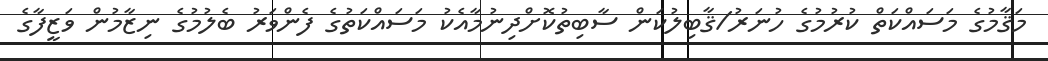
މަޤާމުގެ މަސައްކަތް ކުރުމުގެ ހުނަރު/ޤާބިލުކަން ސާބިތުކޮށްދިނުމާއެކު މަސައްކަތުގެ ފެންވަރު ބެލުމުގެ ނިޒާމުން ވަޒީފާގެ